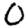
Digit: 0